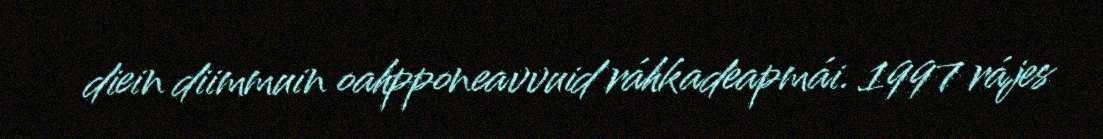
diein diimmuin oahpponeavvuid ráhkadeapmái. 1997 rájes